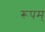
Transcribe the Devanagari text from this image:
रूपम्‌